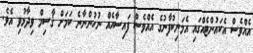
އެއްވެސް އެކައުންޓެއްގައި އެމަނިކުފާނުގެ އެއްވެސް ފައިސާއެއް ނުހުންނާނެ ކަމަށް ޤާސިމް ވިދާޅުވި އެވެ.